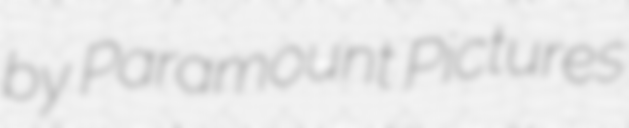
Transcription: by Paramount Pictures